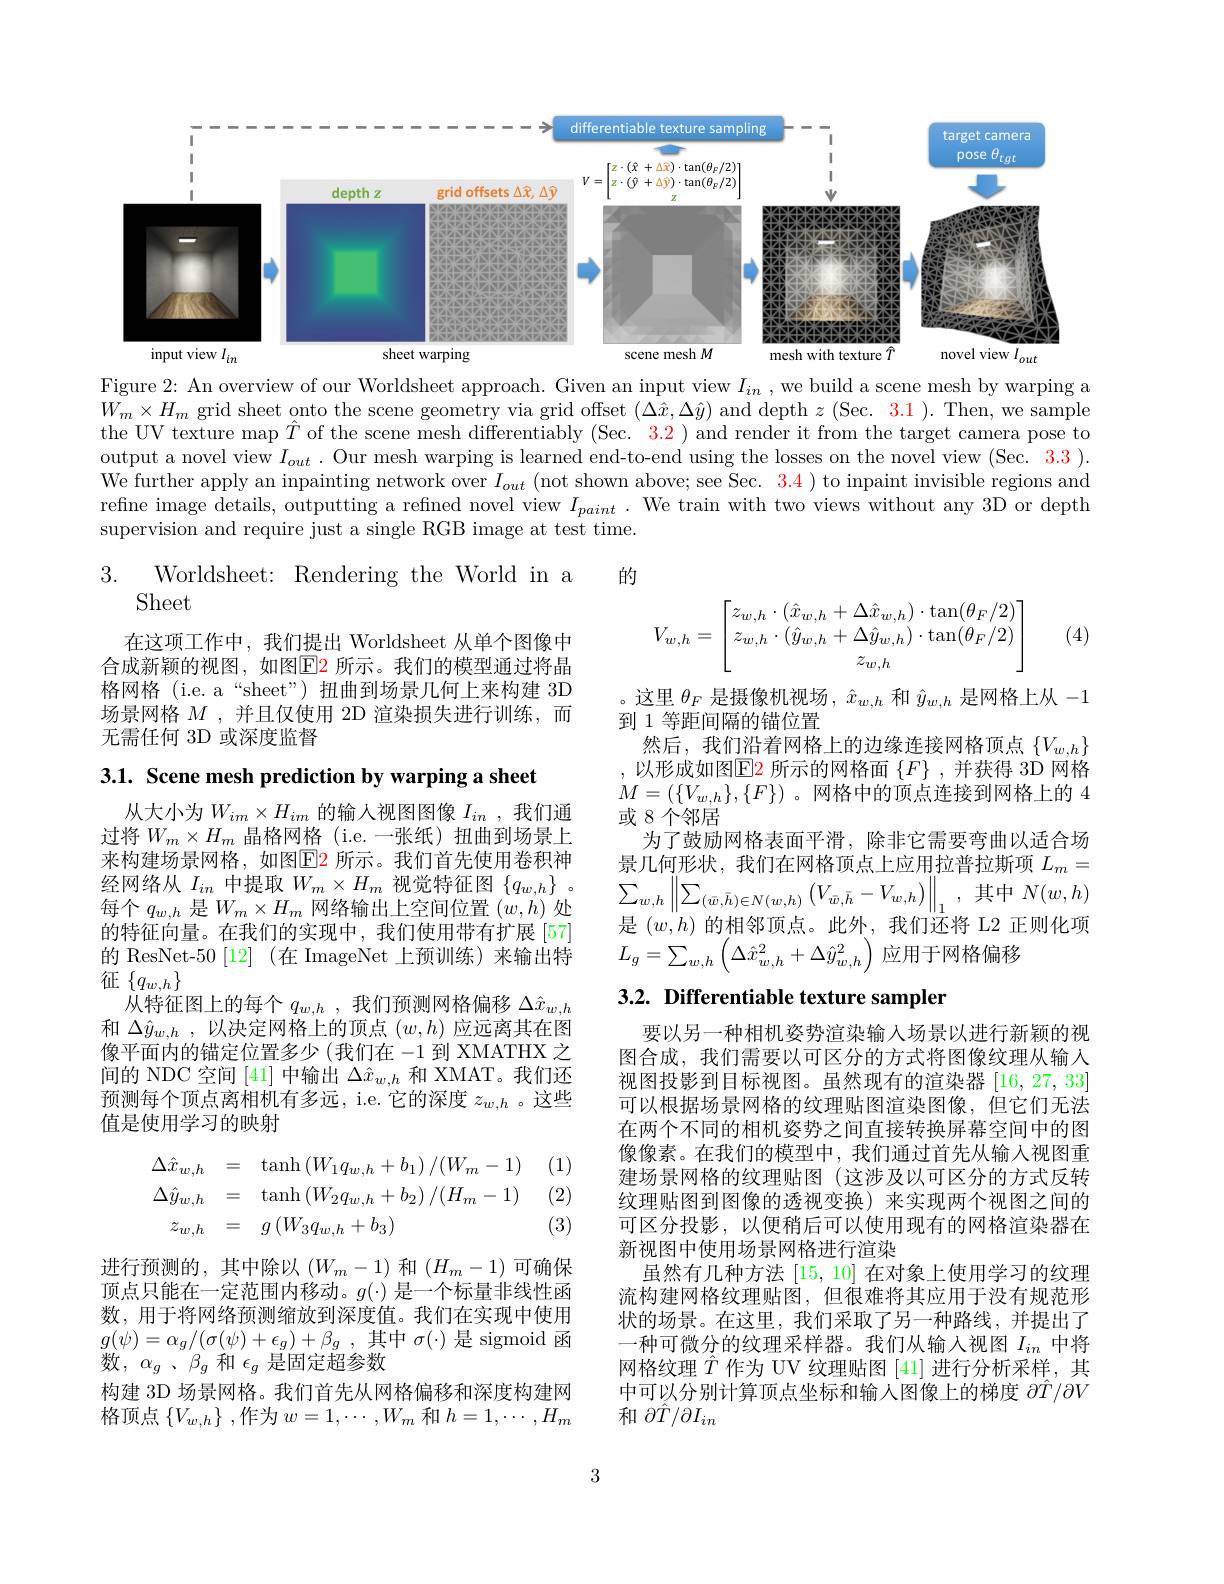
<FigureHere>

Figure 2: An overview of our Worldsheet approach. Given an input view $I_{in}$, we build a scene mesh by warping a $W_m\times H_m$ grid sheet onto the scene geometry via grid offset $(\Delta\hat{x},\Delta\hat{y})$ and depth $z$ (Sec. $\color{red}3.1).$ Then, we sample the UV texture map $\hat{T}$ of the scene mesh differentiably (Sec. 3.2) and render it from the target camera pose to output a novel view $I_{out}$ . Our mesh warping is learned end-to-end using the losses on the novel view (Sec. 3.3 ). We further apply an inpainting network over $I_out$ (not shown above; see Sec. $\color{red}{3.4})$ to inpaint invisible regions and refine image details, outputting a refined novel view $I_{paint}.$ We train with two views without any 3D or depth supervision and require just a single RGB image at test time.

的

3.
Worldsheet: Rendering the World in a
Sheet
$$V_{w,h}=\begin{bmatrix}z_{w,h}\cdot(\hat{x}_{w,h}+\Delta\hat{x}_{w,h})\cdot\tan(\theta_F/2)\\z_{w,h}\cdot(\hat{y}_{w,h}+\Delta\hat{y}_{w,h})\cdot\tan(\theta_F/2)\\z_{w,h}\end{bmatrix}$$
(4)

在这项工作中，我们提出 Worldsheet 从单个图像中合成新颖的视图，如图$\boxed{\mathrm{E}}$2 所示。我们的模型通过将晶格网格 (i.e. a“sheet”) 扭曲到场景几何上来构建 3D 场景网格$M$ ,并且仅使用 2D 渲染损失进行训练，而无需任何 3D 或深度监督

。这里$\theta_F$是摄像机视场$,\hat{x}_w,h$和$\hat{y}_w,h$是网格上从-1
到 1 等距间隔的锚位置
然后，我们沿着网格上的边缘连接网格顶点$\{V_{w,h}\}$

3.1. Scene mesh prediction by warping a sheet

,以形成如图$\operatorname{E2}$所示的网格面$\left\{F\right\}$,并获得 3D 网格$M=(\{V_{w,h}\},\{F\})$ 。网格中的顶点连接到网格上的 4或 8 个邻居
为了鼓励网格表面平滑，除非它需要弯曲以适合场景几何形状，我们在网格顶点上应用拉普拉斯项$L_m=$ $\sum_{w,h}\left\|\sum_{(\bar{w},\bar{h})\in N(w,h)}\left(V_{\bar{w},\bar{h}}-V_{w,h}\right)\right\|_{1}$,其中$N(w,h)$ 是$(w,h)$的相邻顶点。此外，我们还将 L2 正则化项$L_{g}=\sum_{w,h}\left(\Delta\hat{x}_{w,h}^{2}+\Delta\hat{y}_{w,h}^{2}\right)$应用于网格偏移

从大小为$W_im\times H_{im}$的输人视图图像 $I_{in}$, 我们通过将$W_m\times H_m$晶格网格 (i.e.一张纸) 扭曲到场景上来构建场景网格，如图$\color{red}{\mathrm{E2}}$ 所示。我们首先使用卷积神经网络从$I_in$中提取$W_m\times H_m$视觉特征图$\{q_w,h\}$ 。每个$q_w,h$是$W_m\times H_m$网络输出上空间位置$(w,h)$处的特征向量。在我们的实现中，我们使用带有扩展[57] 的 ResNet-50 [12] (在 ImageNet 上预训练)来输出特征$\{q_{w,h}\}$
从特征图上的每个$q_{w,h}$ ,我们预测网格偏移$\Delta\hat{x}_{w,h}$ 和$\Delta\hat{y}_{w,h}$ ,以决定网格上的顶点$(w,h)$应远离其在图像平面内的锚定位置多少 (我们在-1到 XMATHX 之间的 NDC 空间 [41] 中输出$\Delta\hat{x}_{w,h}$和 XMAT。我们还预测每个顶点离相机有多远，i.e. 它的深度$z_w,h$ 。这些值是使用学习的映射

# 3.2. Differentiable texture sampler

(1)

(2)
$$\begin{aligned}\Delta\hat{x}_{w,h}&=\quad\tanh\left(W_{1}q_{w,h}+b_{1}\right)/(W_{m}-1)\\\Delta\hat{y}_{w,h}&=\quad\tanh\left(W_{2}q_{w,h}+b_{2}\right)/(H_{m}-1)\\z_{w,h}&=\quad g\left(W_{3}q_{w,h}+b_{3}\right)\end{aligned}$$
(3)

要以另一种相机姿势渲染输入场景以进行新颖的视图合成，我们需要以可区分的方式将图像纹理从输入视图投影到目标视图。虽然现有的渲染器[16,27,33] 可以根据场景网格的纹理贴图渲染图像，但它们无法在两个不同的相机姿势之间直接转换屏幕空间中的图像像素。在我们的模型中，我们通过首先从输入视图重建场景网格的纹理贴图(这涉及以可区分的方式反转纹理贴图到图像的透视变换) 来实现两个视图之间的可区分投影，以便稍后可以使用现有的网格渲染器在新视图中使用场景网格进行渲染
虽然有几种方法[15,10]在对象上使用学习的纹理流构建网格纹理贴图，但很难将其应用于没有规范形状的场景。在这里，我们采取了另一种路线，并提出了一种可微分的纹理采样器。我们从输入视图$I_{in}$中将网格纹理$\hat{T}$作为 UV 纹理贴图[41]进行分析采样，其中可以分别计算顶点坐标和输入图像上的梯度$\partial\hat{T}/\partial V$ 和$\partial\hat{T}/\partial I_{in}$

进行预测的，其中除以$(W_m-1)$和$(H_m-1)$可确保顶点只能在一定范围内移动。$g(\cdot)$是一个标量非线性函数，用于将网络预测缩放到深度值。我们在实现中使用$g( \psi ) = \alpha _{g}/ ( \sigma ( \psi ) + \epsilon _{g}) + \beta _{g}$ ,其 中 $\sigma ( \cdot )$是 sigmoid 函数，$\alpha_g$ 、$\beta_g$和$\epsilon_g$是固定超参数
构建 3D 场景网格。我们首先从网格偏移和深度构建网格顶点$\{V_w,h\}$ ,作为$w=1,\cdots,W_m$和$h=1,\cdots,H_m$

3